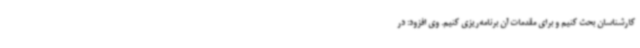
کارشناسان بحث کنیم و برای مقدمات آن برنامه‌ریزی کنیم. وی افزود: در